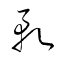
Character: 軋